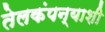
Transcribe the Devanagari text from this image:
तेलकंपन्याशी